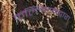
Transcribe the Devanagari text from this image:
कल्लिननद्वारा